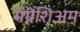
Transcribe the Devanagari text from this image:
मॅग्नेशिअम